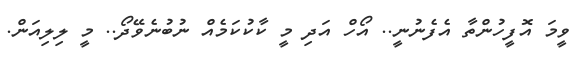
ވީމަ އޮފީހުންތާ އެފެނުނީ.. އޯހް އަދި މީ ކާކުކަމެއް ނުބުނެވޭދޯ.. މީ ލިލިއަން.